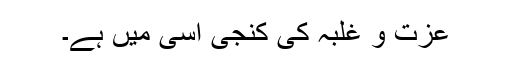
عزت و غلبہ کی کنجی اسی میں ہے۔